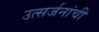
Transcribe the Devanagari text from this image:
उत्सर्जनांची